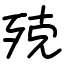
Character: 殑